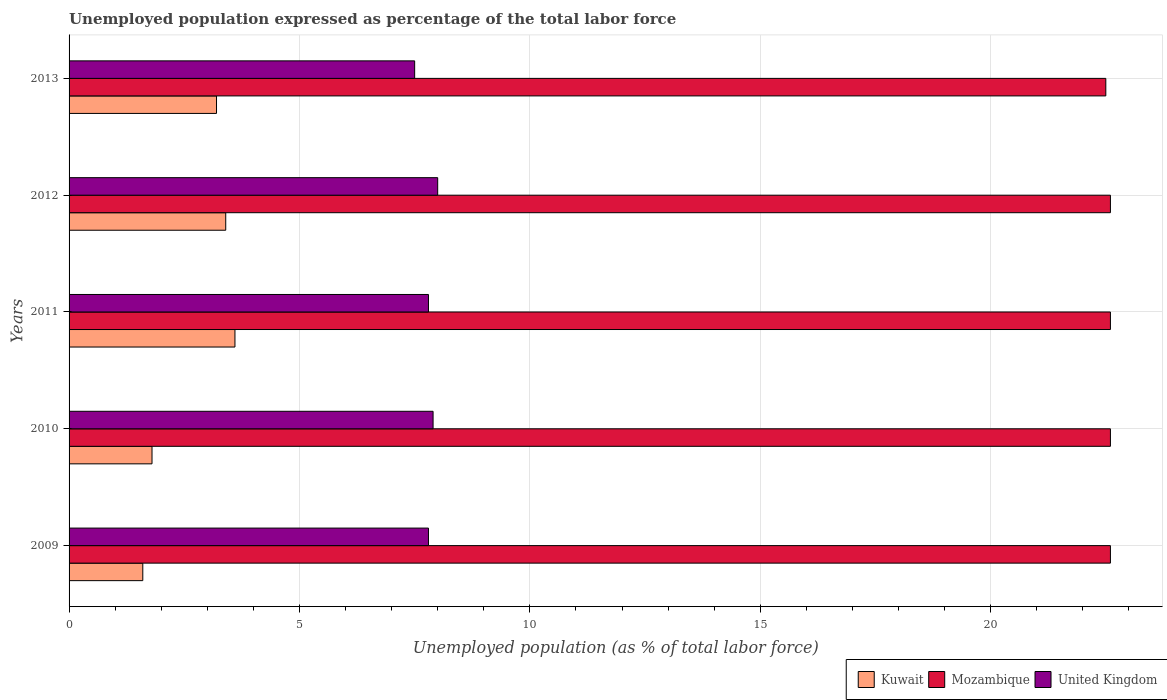
| Years | Kuwait | Mozambique | United Kingdom |
 | --- | --- | --- | --- |
 | 2009 | 1.6 | 22.6 | 7.8 |
 | 2010 | 1.8 | 22.6 | 7.9 |
 | 2011 | 3.6 | 22.6 | 7.8 |
 | 2012 | 3.4 | 22.6 | 8 |
 | 2013 | 3.2 | 22.5 | 7.5 |